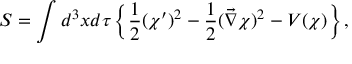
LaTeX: S = \int d ^ { 3 } x d \tau \left\{ \frac 1 2 ( \chi ^ { \prime } ) ^ { 2 } - \frac 1 2 ( \vec { \nabla } \chi ) ^ { 2 } - { \cal { V } } ( \chi ) \right\} ,